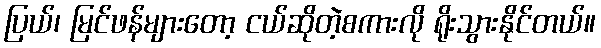
ပြယ်၊ မြင်ဖန်များတော့ ငယ်ဆိုတဲ့စကားလို ရိုးသွားနိုင်တယ်။